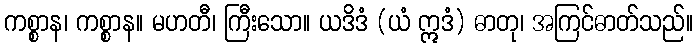
ကစ္စာန၊ ကစ္စာန။ မဟတီ၊ ကြီးသော။ ယဒိဒံ (ယံ ဣဒံ) ဓာတု၊ အကြင်ဓာတ်သည်။